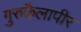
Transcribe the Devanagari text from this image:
गुरुकैलापीर